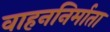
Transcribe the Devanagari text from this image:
वाहननिर्माता